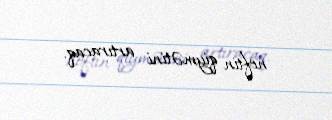
neftin qiymətini artıracaq.